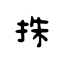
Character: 㧣